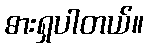
ဓားရှပါတယ်။